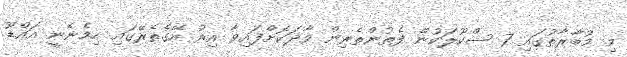
މި މުބާރާތުގައި 7 ސްކޫލަކުން ފެތުންތެރިން ވާދަކޮށްފައިވާ އިރު އޭގެތެރޭގައި ހިމެނެނީ އައްޑޫ